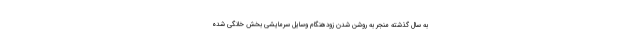
به سال گذشته منجر به روشن شدن زودهنگام وسایل سرمایشی بخش خانگی شده